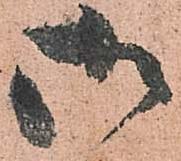
御